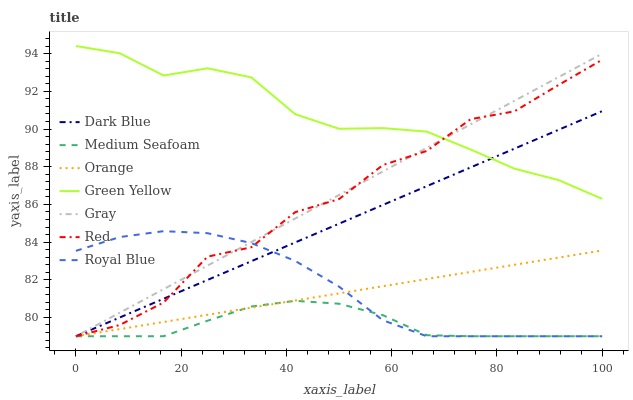
| xaxis_label | Dark Blue | Medium Seafoam | Orange | Green Yellow | Gray | Red | Royal Blue |
 | --- | --- | --- | --- | --- | --- | --- | --- |
 | 0 | 79 | 79 | 79 | 94.4 | 79 | 79 | 83.5 |
 | 8.33 | 80 | 79 | 79.4 | 94 | 80.3 | 79.6 | 84.3 |
 | 16.7 | 81 | 79 | 79.8 | 92.8 | 81.5 | 80.8 | 84.6 |
 | 25 | 82 | 79.8 | 80.1 | 93.2 | 82.8 | 83.2 | 84.5 |
 | 33.3 | 83 | 80.6 | 80.5 | 92.7 | 84 | 83.7 | 83.9 |
 | 41.7 | 84 | 80.9 | 80.9 | 90.8 | 85.3 | 85.6 | 83 |
 | 50 | 85 | 80.7 | 81.3 | 90 | 86.5 | 86.3 | 81.6 |
 | 58.3 | 86 | 80.1 | 81.7 | 90.1 | 87.8 | 88.1 | 79.8 |
 | 66.7 | 87 | 79.1 | 82 | 89.9 | 89 | 88.8 | 79 |
 | 75 | 88 | 79 | 82.4 | 88.9 | 90.3 | 90.5 | 79 |
 | 83.3 | 89 | 79 | 82.8 | 87.9 | 91.5 | 90.9 | 79 |
 | 91.7 | 90 | 79 | 83.2 | 87.3 | 92.8 | 92.3 | 79 |
 | 100 | 91 | 79 | 83.6 | 86.3 | 94 | 93.7 | 79 |